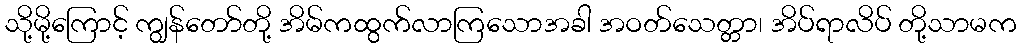
သို့မို့ကြောင့် ကျွန်တော်တို့ အိမ်ကထွက်လာကြသောအခါ အဝတ်သေတ္တာ၊ အိပ်ရာလိပ် တို့သာမက